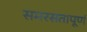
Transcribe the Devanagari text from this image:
समरसतापूर्ण